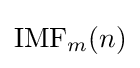
\operatorname {IMF} _{m}(n)